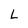
Character: L